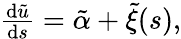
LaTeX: \begin{array}{r}{\frac{\mathrm{d}\tilde{u}}{\mathrm{d}s}=\tilde{\alpha}+\tilde{\xi}(s),}\end{array}